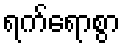
ရက်ရောစွာ